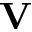
\mathbf { V }